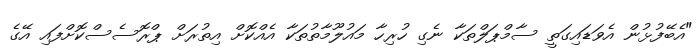
"އެބޭފުޅުން އެވަޑައިގަތީ ސާމްޕަލްތަކާ ނެގި ހުރިހާ މައުލޫމާތުތަކާ އެއްކޮށް އިތުރަށް ޕްރޮސެސްކޮށްފައި އޭގެ